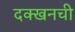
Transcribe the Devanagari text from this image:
दक्खनची